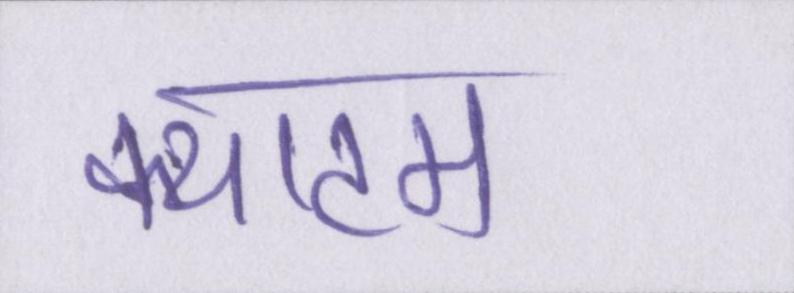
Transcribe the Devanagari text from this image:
क्याटम